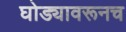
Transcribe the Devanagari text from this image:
घोड्यावरूनच